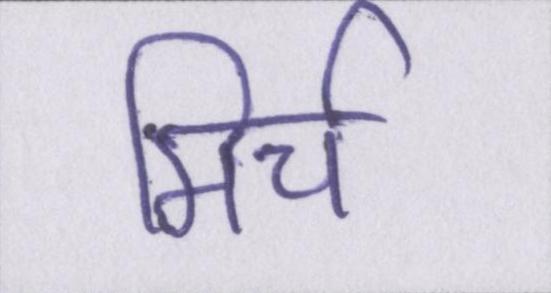
मिर्च